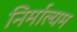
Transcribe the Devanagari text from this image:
निर्माल्यम